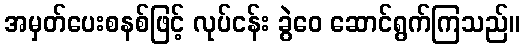
အမှတ်ပေးစနစ်ဖြင့် လုပ်ငန်း ခွဲဝေ ဆောင်ရွက်ကြသည်။